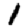
Digit: 1